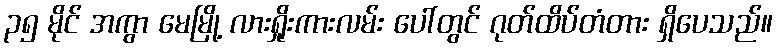
၃၅ မိုင် အကွာ မေမြို့ လားရှိုးကားလမ်း ပေါ်တွင် ဂုတ်ထိပ်တံတား ရှိပေသည်။